Lunatic asylums in Bengal annual reports 1899-1911 - 1899-1911
Year: 1899
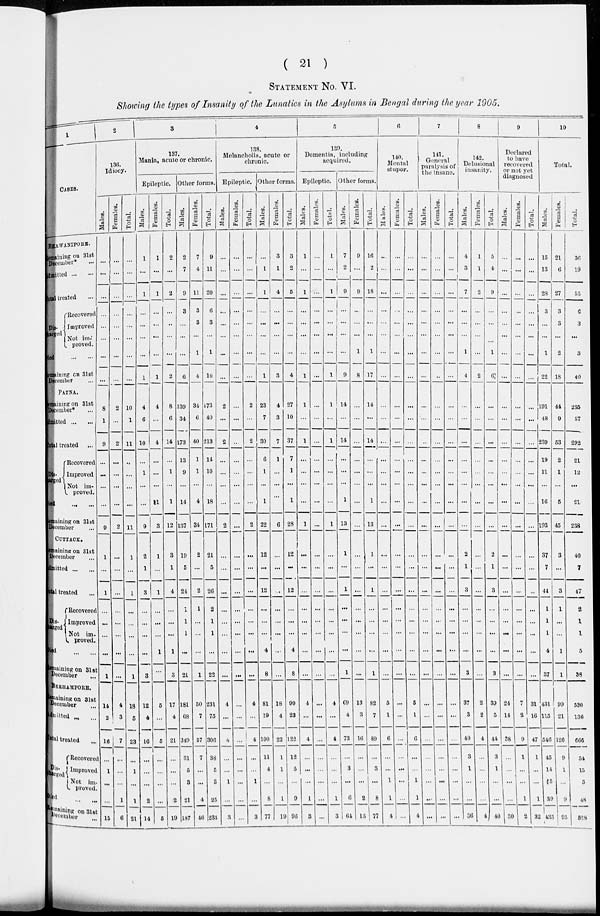
( 21 )
STATEMENT NO. VI.
Showing the types of Insanity of the Lunatics in the Asylums in Bengal during the year 1905.
1
CASES.
BHAWANIPORE.
Remaining on 31st
December* ...
Admitted ... ...
Total treated ...
Dis-
charged
Recovered
Improved
Not im-
proved.
Died
Remaining on 31st
December ...
PATNA.
Remaning on 31st
December* ...
Admitted ... ...
Total treated ...
Dis-
charged
Recovered
Improved
Not im-
proved.
Died
...
...
Remaining on 31st
December ...
CUTTACK.
Remaininng on 31st
December ...
Admitted ... ...
Total treated ...
Dis-
charged
Recovered
Improved
Not im-
proved.
Died ... ...
Remaining on 31st
December ...
BERHAMPORE.
Remaining on 31st
December ...
Admitted ... ...
Total treated ...
Dis-
charged
Recovered
Improved
Not im-
proved.
Died ... ...
Remaining on 31st
December ...
2
136.
Idiocy.
Males.
...
...
...
...
...
...
...
...
8
1
9
...
...
...
...
9
1
...
1
...
...
...
...
1
14
2
16
...
1
...
...
15
Females.
...
...
...
...
...
...
...
...
2
...
2
...
...
...
...
2
...
...
...
...
...
...
...
...
4
3
7
...
...
...
1
6
Total.
...
...
...
...
...
...
...
...
10
1
11
...
...
...
...
11
1
...
1
...
...
...
...
1
18
5
23
...
1
...
1
21
3
137.
Mania, acute or chronic.
Epileptic.
Males.
1
...
1
...
...
...
...
1
4
6
10
...
1
...
...
9
2
1
3
...
...
...
...
3
12
4
16
...
...
...
2
14
Females.
1
...
1
...
...
...
...
1
4
...
4
...
...
...
1
3
1
...
1
...
...
...
1
...
5
...
5
...
...
...
...
5
Total.
2
...
2
...
...
...
...
2
8
6
14
...
1
...
1
12
3
1
4
...
...
...
1
3
17
4
21
...
...
...
2
19
Other forms.
Males.
2
7
9
3
...
...
...
6
139
34
173
13
9
...
14
137
19
5
24
1
1
1
...
21
181
68
249
31
5
3
21
187
Females.
7
4
11
3
3
...
1
4
34
6
40
1
1
...
4
34
2
...
2
1
...
...
...
1
50
7
57
7
...
...
4
46
Total.
9
11
20
6
3
...
1
10
173
40
213
14
10
...
18
171
21
5
26
2
1
1
...
22
231
75
306
38
5
3
25
233
4
138.
Melancholia, acute or
chronic.
Epileptic.
Males.
...
...
...
...
...
...
...
...
2
...
2
...
...
...
...
2
...
...
...
...
...
...
...
...
4
...
4
...
...
1
3
Females.
...
...
...
...
...
...
...
...
...
...
...
...
...
...
...
...
...
...
...
...
...
...
...
...
...
...
...
...
...
...
...
...
Total.
...
...
...
...
...
...
...
...
2
...
2
...
...
...
...
2
...
...
...
...
...
...
...
...
4
...
4
...
...
1
...
3
Other forms.
Males.
...
1
1
...
...
...
....
1
23
7
30
6
1
...
1
22
12
...
12
...
...
...
4
8
81
19
100
11
4
...
8
77
Females.
3
1
4
...
...
...
...
3
4
3
7
1
...
...
...
6
...
...
...
...
...
...
...
...
18
4
22
1
1
...
1
19
Total.
3
2
5
...
...
...
...
4
27
10
37
7
1
...
1
28
12
...
12
...
...
...
4
8
99
23
122
12
5
...
9
96
5
139.
Dementia, including
acquired.
Epileptic.
Males.
1
...
1
...
...
...
...
1
1
...
1
...
...
...
...
1
...
...
...
...
...
...
...
...
4
...
4
...
...
...
1
3
Females.
...
...
...
...
...
...
...
...
...
...
...
...
...
...
...
...
...
...
...
...
...
...
...
...
...
...
...
...
...
...
...
...
Total.
1
...
1
...
...
...
...
1
1
...
1
...
...
...
...
1
...
...
...
...
...
...
...
...
4
...
4
...
...
...
1
3
Other forms.
Males.
7
2
9
...
...
...
...
9
14
...
14
...
...
...
1
13
1
...
1
...
...
...
...
1
69
4
73
...
3
...
6
64
Females.
9
...
9
...
...
...
1
8
...
...
...
...
...
...
...
...
...
...
...
...
...
...
...
...
13
3
16
...
...
...
2
13
Total.
16
2
18
...
...
...
1
17
14
...
14
...
...
...
1
13
1
...
1
...
...
...
...
1
82
7
89
...
3
...
8
77
6
140.
Mental
stupor.
Males.
...
...
...
...
...
...
...
...
...
...
...
...
...
...
...
...
...
...
...
...
...
5
1
6
...
...
1
1
4
Females.
...
—
...
...
...
...
...
...
...
...
...
...
...
...
...
...
...
...
...
...
...
...
...
...
...
...
...
...
...
...
Total.
...
...
...
...
...
...
...
...
...
...
...
...
...
...
...
...
...
...
...
...
...
...
5
1
6
...
...
1
1
4
7
141.
General
paralysis of
the insane.
Males.
...
...
...
...
...
...
...
...
...
...
...
...
...
...
...
...
...
...
...
...
...
...
...
...
...
...
...
...
...
...
...
...
Females.
...
...
...
...
...
...
...
...
...
...
...
...
...
...
...
...
...
...
...
...
...
...
...
...
...
...
...
...
...
Total.
...
...
...
...
...
...
...
...
...
...
...
...
...
...
...
...
...
...
...
...
...
...
...
...
...
...
...
...
...
...
...
...
8
142.
Delusional
insanity.
Males.
4
3
7
...
...
1
4
...
...
...
...
...
...
...
...
2
1
3
...
...
...
...
3
37
3
40
3
1
...
...
36
Females.
1
1
2
...
...
...
...
2
...
...
...
...
...
...
...
...
...
...
...
...
...
...
...
2
2
4
...
...
...
...
4
Total.
I
5
4
9
...
...
...
1
6
...
...
...
...
...
...
...
2
1
3
...
...
...
...
3
39
5
44
3
1
...
...
40
9
Declared
to have
recovered
or not yet
diagnosed
Males.
...
...
...
...
...
...
...
...
...
...
...
...
...
...
...
...
...
...
...
...
...
24
14
38
...
...
...
30
Females.
...
...
...
...
...
...
...
...
...
...
...
...
...
...
...
...
...
...
...
...
...
...
...
7
2
9
1
...
...
1
2
Total.
...
...
...
...
...
...
...
...
...
...
...
...
...
...
...
...
...
...
...
...
...
...
31
16
47
1
...
...
1
32
10
Total.
Males.
15
13
28
3
...
...
1
22
191
48
239
19
11
...
16
193
37
7
44
1
1
1
4
37
431
115
546
45
14
5
39
433
Females.
21
6
27
3
3
...
2
18
44
9
53
2
1
...
5
45
3
...
3
1
...
...
1
1
99
21
120
9
1
...
9
93
Total.
36
19
55
6
3
...
3
40
235
57
292
21
12
...
21
238
40
7
47
2
1
1
5
38
530
136
666
54
15
5
48
528